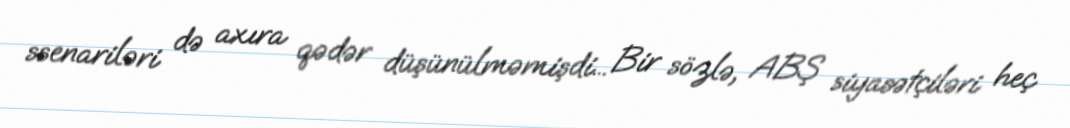
ssenariləri də axıra qədər düşünülməmişdi... Bir sözlə, ABŞ siyasətçiləri heç